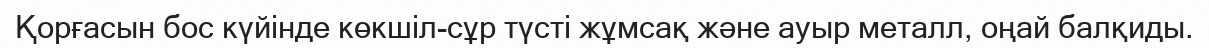
Қорғасын бос күйінде көкшіл-сұр түсті жұмсақ және ауыр металл, оңай балқиды.